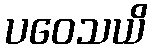
ပဝေသယိ